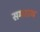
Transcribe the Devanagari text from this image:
समरत्थ